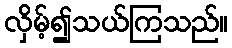
လှိမ့်၍သယ်ကြသည်။